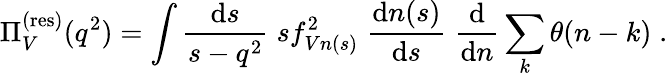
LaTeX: \Pi_{V}^{(\mathrm{res})}(q^{2})=\int\frac{\mathrm{d}s}{s-q^{2}}\; sf_{Vn(s)}^{2}\; \frac{\mathrm{d}n(s)}{\mathrm{d}s}\; \frac{\mathrm{d}}{\mathrm{d}n}\sum_{k}\theta(n-k)\; .